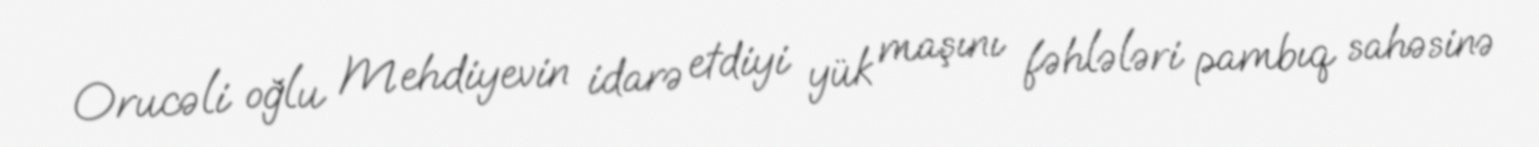
Orucəli oğlu Mehdiyevin idarə etdiyi yük maşını fəhlələri pambıq sahəsinə